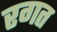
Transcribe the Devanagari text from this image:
रगत